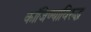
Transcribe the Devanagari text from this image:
कांजिण्याविरुद्ध